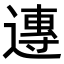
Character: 𨖇